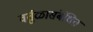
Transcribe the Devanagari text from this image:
वर्तुळासंबंधित